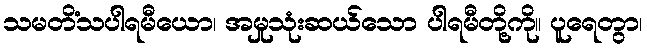
သမတိံသပါရမီယော၊ အမှုသုံးဆယ်သော ပါရမီတို့ကို။ ပူရေတွာ၊